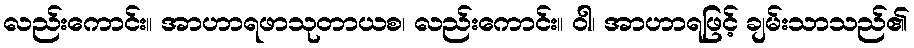
လည်းကောင်း။ အာဟာရဖာသုတာယစ၊ လည်းကောင်း။ ဝါ၊ အာဟာရဖြင့် ချမ်းသာသည်၏